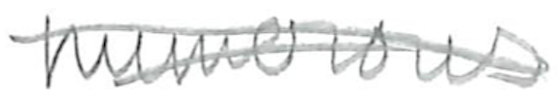
Text: numerous
Cross-out: double-line
Writing tool: pencil